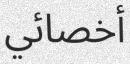
أخصائي